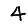
Digit: 4